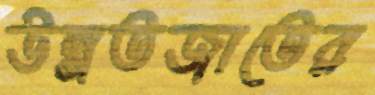
উন্নতজাতের